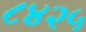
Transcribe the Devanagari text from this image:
८४२५